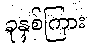
ခုနှစ်ကြား